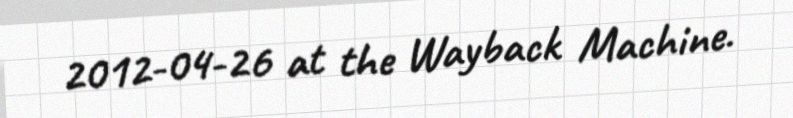
2012-04-26 at the Wayback Machine.